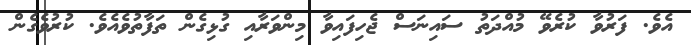
އެވެ. ފަރުވާ ކުރެވޭ މުއްދަތު ސައިނަސް ޖެހިފައިވާ މިންވަރާއި ގުޅިގެން ތަފާތުވެއެވެ. ކުރުވެގެން